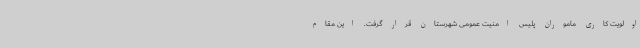
اولویت کاری ماموران پلیس امنیت عمومی شهرستان قرار گرفت. این مقام